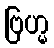
ဗြဟ္မ